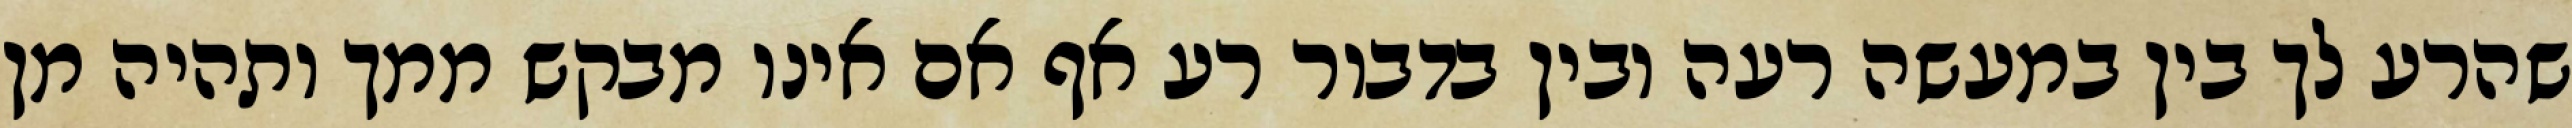
שהרע לך בין במעשה רעה ובין בדבור רע אף אם אינו מבקש ממך ותהיה מן